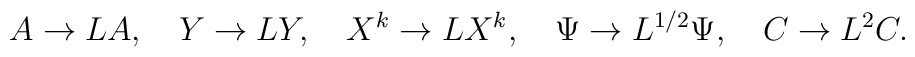
A\to LA, \quad Y\to LY,\quad X^k\to LX^k,\quad\Psi\to L^{1/2}\Psi,  \quad C\to L^2C.